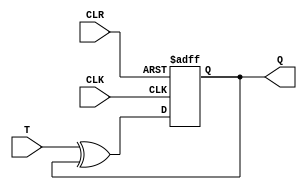
module T_ff(T, CLK, CLR, Q);

    input T;
    input CLK;
    input CLR;
    output reg Q;
    
    
always@(posedge CLK, negedge CLR)
begin
    if(~CLR)
        Q <= 1'b0;
    else
        Q <= T ^ Q;
end 
    
    
    
    
    
    
endmodule